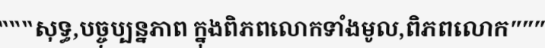
"""សុទ្ធ,បច្ចុប្បន្នភាព ក្នុងពិភពលោកទាំងមូល,ពិភពលោក"""